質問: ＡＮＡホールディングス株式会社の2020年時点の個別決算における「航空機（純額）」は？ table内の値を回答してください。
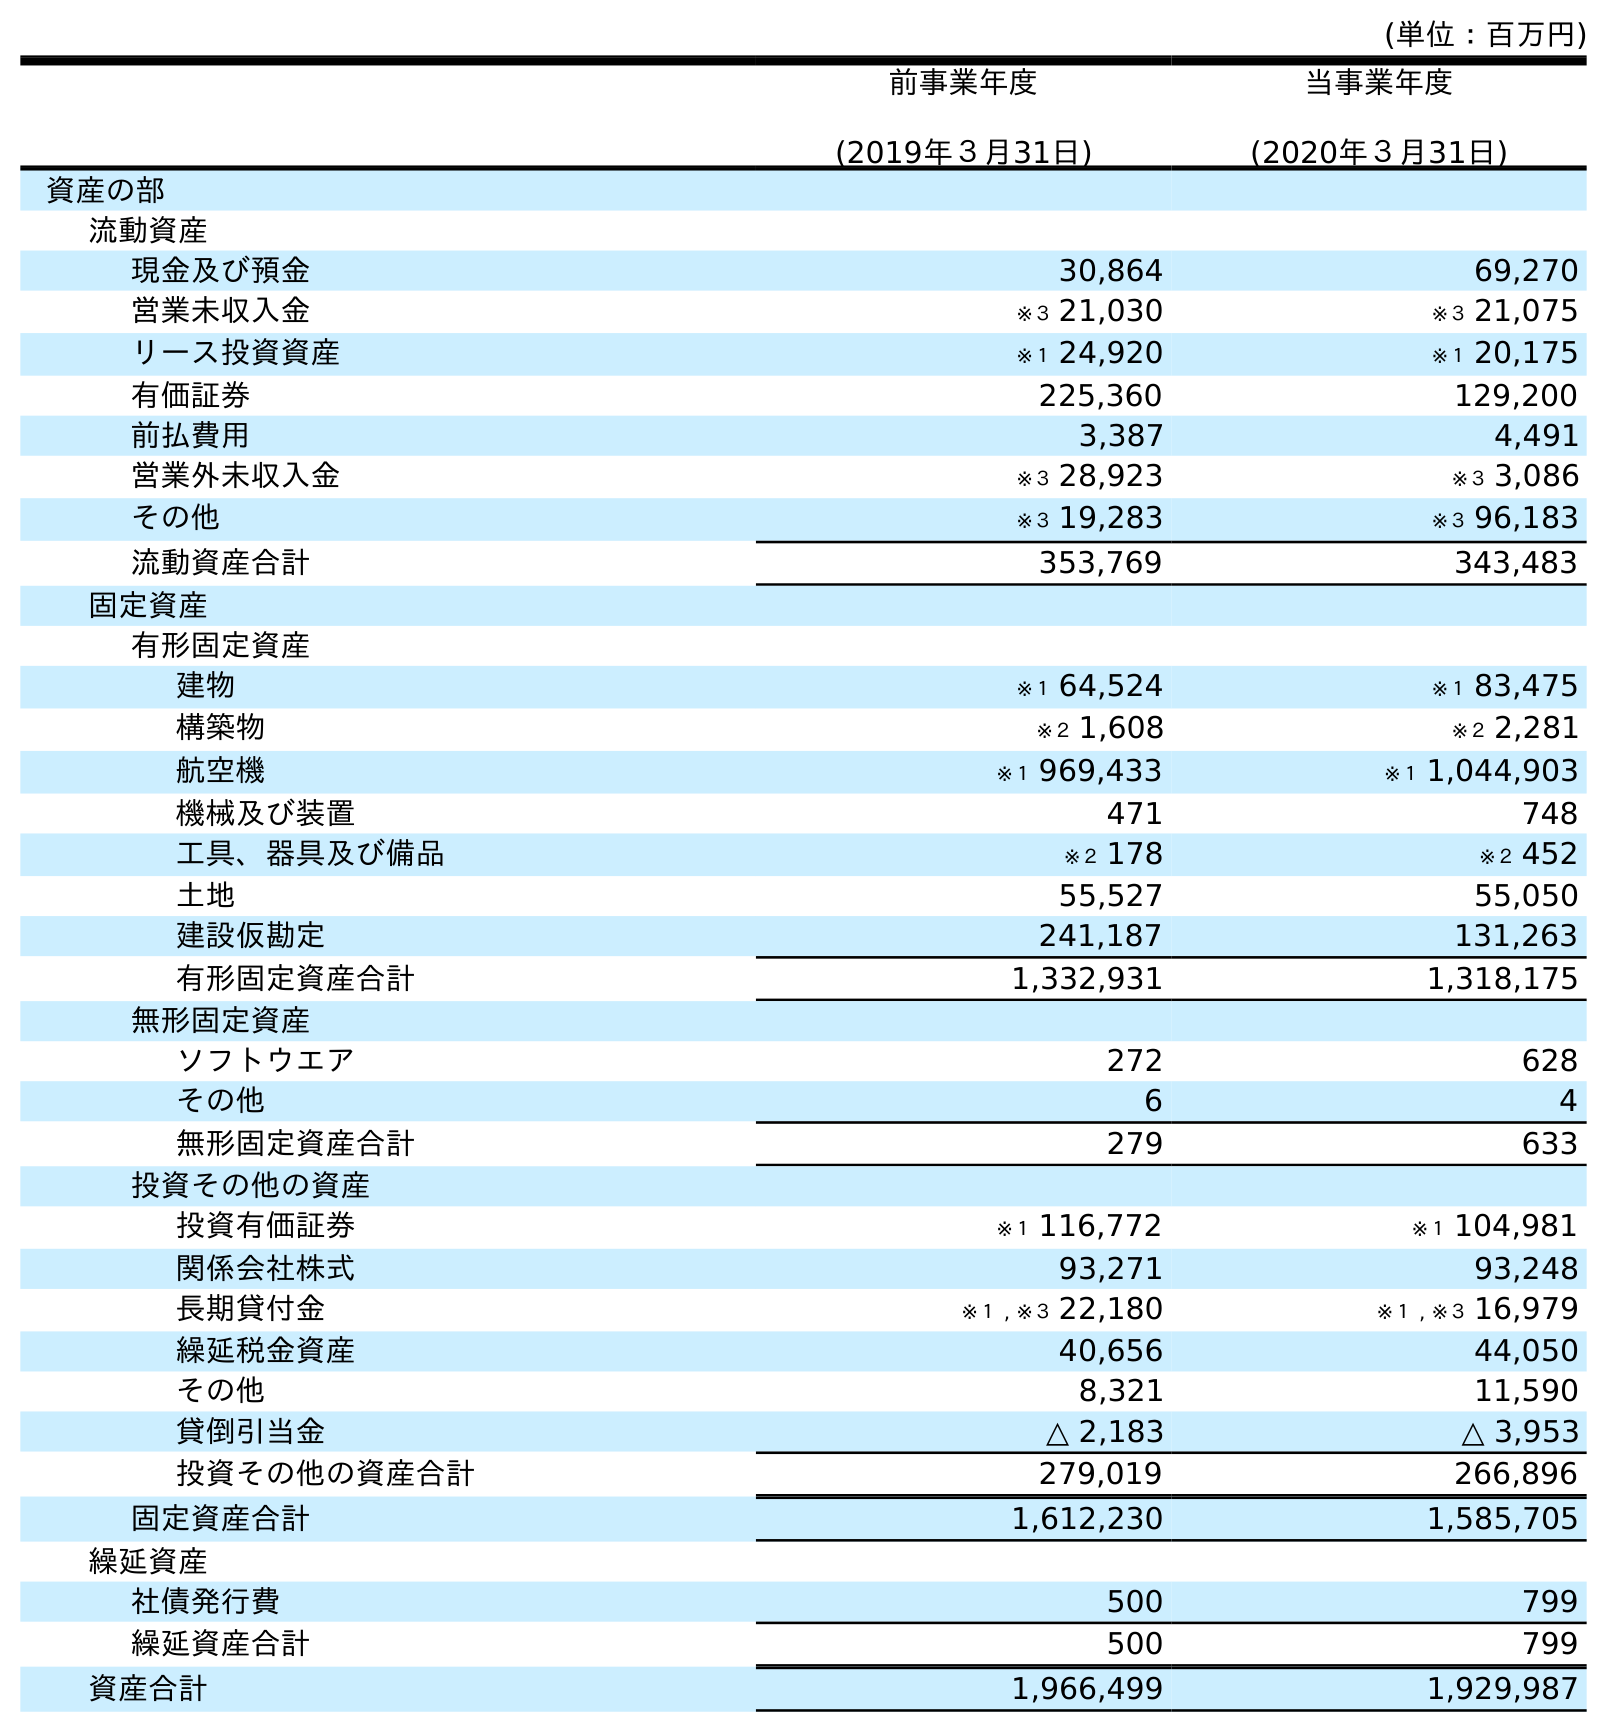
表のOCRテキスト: (単位：百万円) 前事業年度 (2019年３月31日) 当事業年度 (2020年３月31日) 資産の部 流動資産 現金及び預金 30,864 69,270 営業未収入金 ※３ 21,030 ※３ 21,075 リース投資資産 ※１ 24,920 ※１ 20,175 有価証券 225,360 129,200 前払費用 3,387 4,491 営業外未収入金 ※３ 28,923 ※３ 3,086 その他 ※３ 19,283 ※３ 96,183 流動資産合計 353,769 343,483 固定資産 有形固定資産 建物 ※１ 64,524 ※１ 83,475 構築物 ※２ 1,608 ※２ 2,281 航空機 ※１ 969,433 ※１ 1,044,903 機械及び装置 471 748 工具、器具及び備品 ※２ 178 ※２ 452 土地 55,527 55,050 建設仮勘定 241,187 131,263 有形固定資産合計 1,332,931 1,318,175 無形固定資産 ソフトウエア 272 628 その他 6 4 無形固定資産合計 279 633 投資その他の資産 投資有価証券 ※１ 116,772 ※１ 104,981 関係会社株式 93,271 93,248 長期貸付金 ※１ , ※３ 22,180 ※１ , ※３ 16,979 繰延税金資産 40,656 44,050 その他 8,321 11,590 貸倒引当金 △ 2,183 △ 3,953 投資その他の資産合計 279,019 266,896 固定資産合計 1,612,230 1,585,705 繰延資産 社債発行費 500 799 繰延資産合計 500 799 資産合計 1,966,499 1,929,987
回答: ※１1,044,903